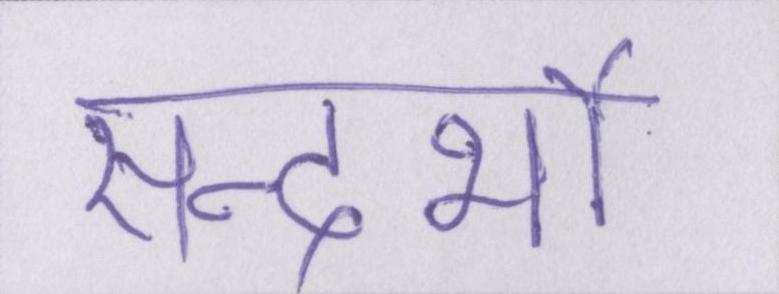
सन्दर्भो